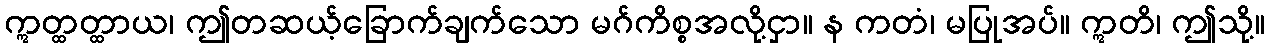
ဣတ္ထတ္ထာယ၊ ဤတဆယ့်ခြောက်ချက်သော မဂ်ကိစ္စအလို့ငှာ။ န ကတံ၊ မပြုအပ်။ ဣတိ၊ ဤသို့။